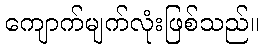
ကျောက်မျက်လုံးဖြစ်သည်။